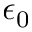
\epsilon _ { 0 }